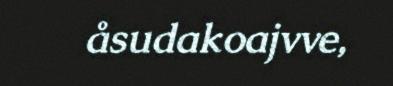
åsudakoajvve,